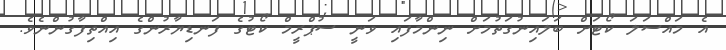
އެ މައްސަލަ ކޯޓަށް ބަލައިނުގަތުމަށް ނިންމާފައި ވަނީ ސުޕްރީމް ކޯޓުގެ ފަނޑިޔާރުންގެ އިއްތިފާގުންނެވެ.